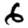
Digit: 6